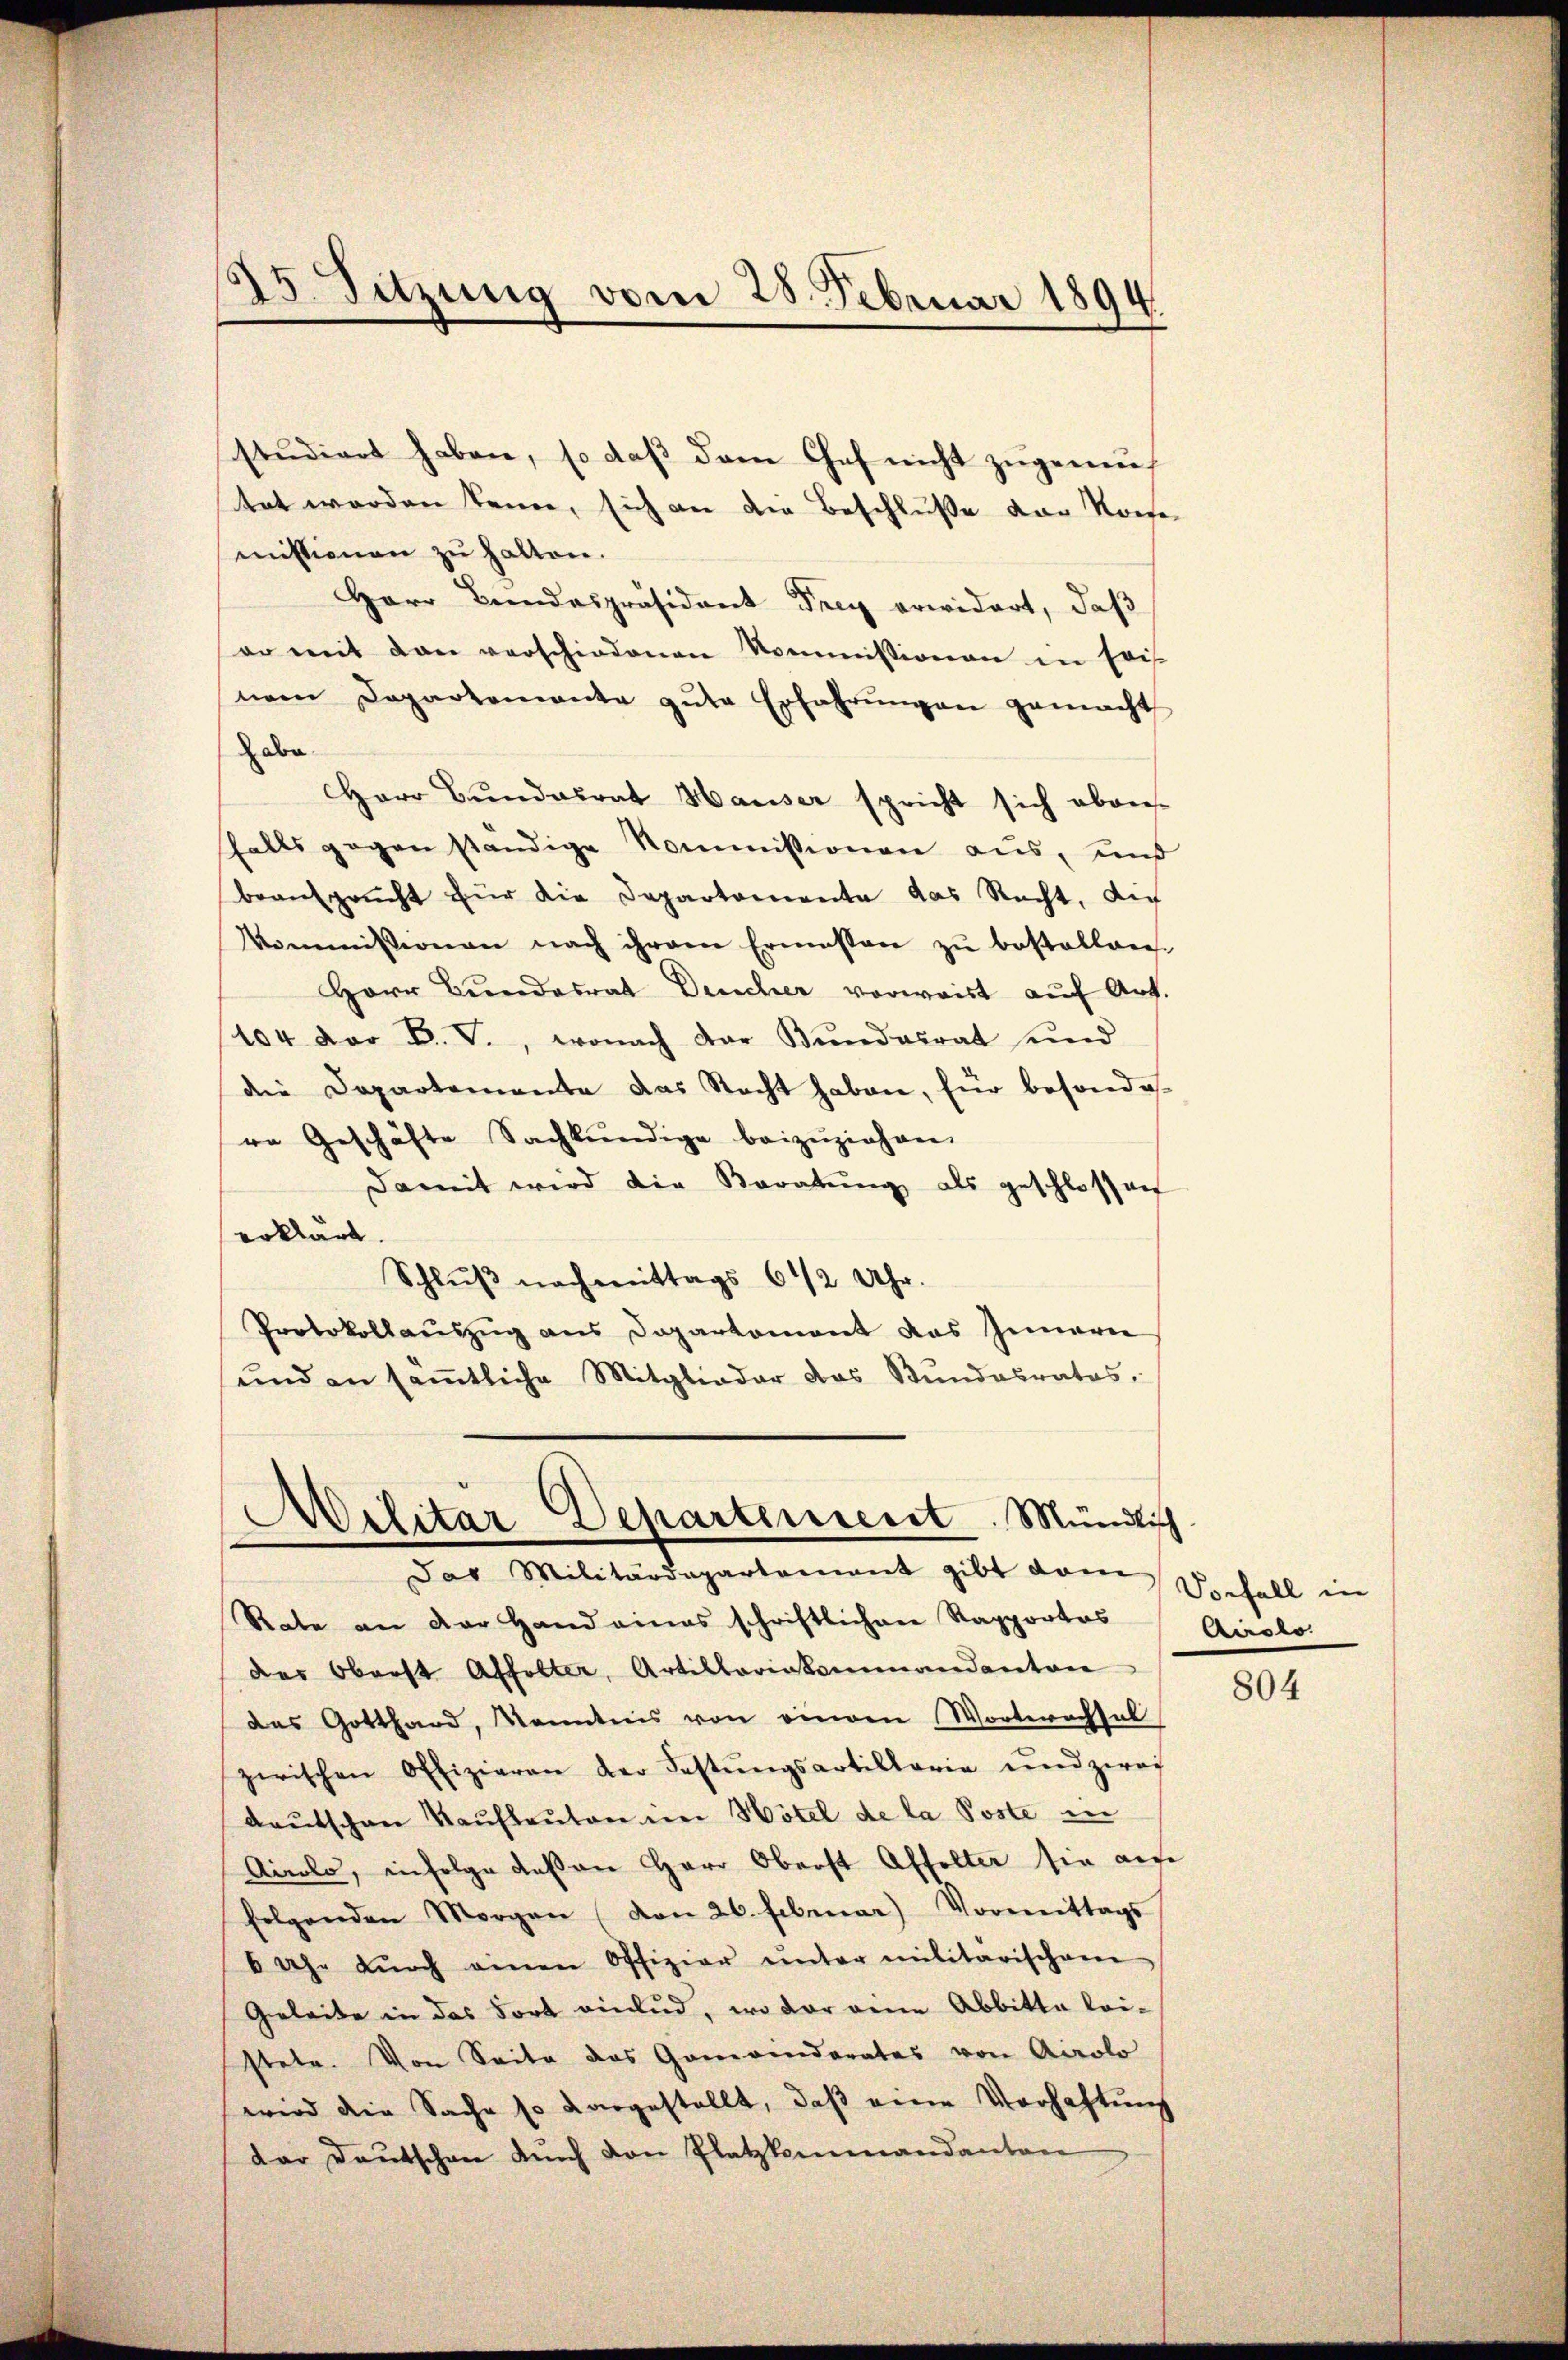
studiert haben, so daß dem Chef nicht zugemutet werden kenne, sich an die Beschluße der Konse-
mistionen zu halten.
Herr Bundespräsident Frey erwidert, daß
er mit den verschiedenen Kommissionen in Eris-
nem Departemente gute Erfahrŭngen gemacht
aben.
Herr Bŭndalrat Hauser spricht sich aban-
falls gegen ständige Kommissionen aus, und
beansprucht für die Departamente das Recht, die
Kommissionen nach ihrem Ermessen zŭ bestallen.
Herr Bundesrat Deucher vorwaist auf Art.
(104 der B. V., wonach der Bŭndesrat und
die Departemente das Stacht haben, für besonde
re Geschäfte Sachkundige beizŭziehen.
Damit wird die Beratung als geschlossen
erklärt.
Schluß nachmittags 6 1/2 Uhr.
Protokollauszug aus Departement das Innern
ŭnd an säṁtliche Mitglieder das Stŭndesrates,

25. Sitzung vom 28. Februar 1894.

Militar Departeniert. Mündlisch
Das Militärdepartement gibt vom Seefall in

Rate an der Hand eines schriftlichen Rapportos
des Oberst Affolter, Artillariakammandanton
das Gotthard, Kenntnis von einem Wortwachsel
zwischen Offizieren der Festŭngsartillaria und zwei
daŭtschen Kaŭflaŭten im Hotel de la Poste in
Airolo, infolge deßen Herr Oberst Affolter sie auf
folgenden Morgen (von 26. Februar) Vormittags
6 Uhr dŭrch einen Offizier ŭnter militärischen
Geleite in das Fort einlud, wo der eine Abbitte leistete. Von Seite das Gemeinderates von Airolo
wird die Sache so dargestellt, daß eine Verhaftung
dar Deutschen auch von Platzkammandanton

Airolo.

804